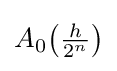
{\textstyle A_{0}{\big (}{\frac {h}{2^{n}}}{\big )}}